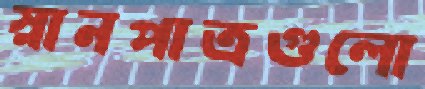
স্নানপাত্রগুলো